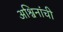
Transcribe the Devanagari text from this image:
अश्विनांची